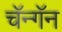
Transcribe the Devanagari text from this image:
चॅन्गॅन